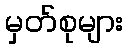
မှတ်စုများ